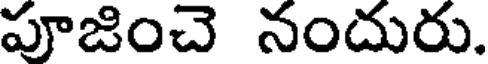
పూజించె నందురు.